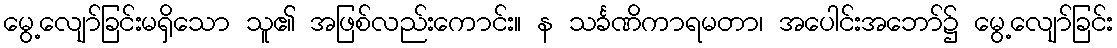
မွေ့လျော်ခြင်းမရှိသော သူ၏ အဖြစ်လည်းကောင်း။ န သင်္ခဏိကာရမတာ၊ အပေါင်းအဘော်၌ မွေ့လျော်ခြင်း